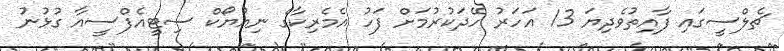
ޗެލްސީގައި ފާއިތުވެދިޔަ 13 އަހަރު ހޭދަކުރުމަށް ފަހު އެމެރިކާގެ ނިއުޔޯކް ސިޓީއެފްސީއާ ގުޅުނު